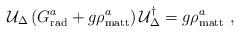
LaTeX: \begin{align*}{\cal U}_{\Delta} \left(G^a_{\rm rad} + g \rho^a_{\rm matt} \right){\cal U}_{\Delta}^{\dagger} = g \rho_{\rm matt}^a \ ,\end{align*}